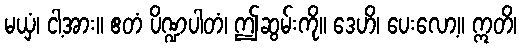
မယှံ၊ ငါ့အား။ ဧတံ ပိဏ္ဍပါတံ၊ ဤဆွမ်းကို။ ဒေဟိ၊ ပေးလော့။ ဣတိ၊